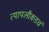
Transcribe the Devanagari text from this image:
त्यापलीकडचं